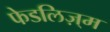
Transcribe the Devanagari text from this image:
फेडलिज़्म